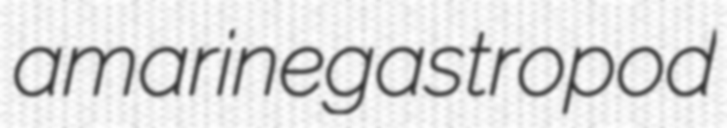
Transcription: a marine gastropod